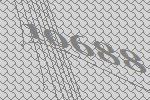
10688